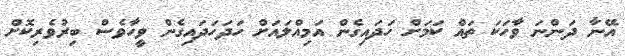
އޭނާ ދަންނަ ވާހަކަ ތައް ކަމަށް ހަދައިގެން އަމިއްލައަށް ހަދަހަދައިގެން ވީހާވެސް ބިރުވެރިކޮށް